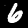
Digit: 6